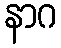
နာဂ